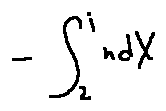
- \int \limits _ { z } ^ { j } n d X